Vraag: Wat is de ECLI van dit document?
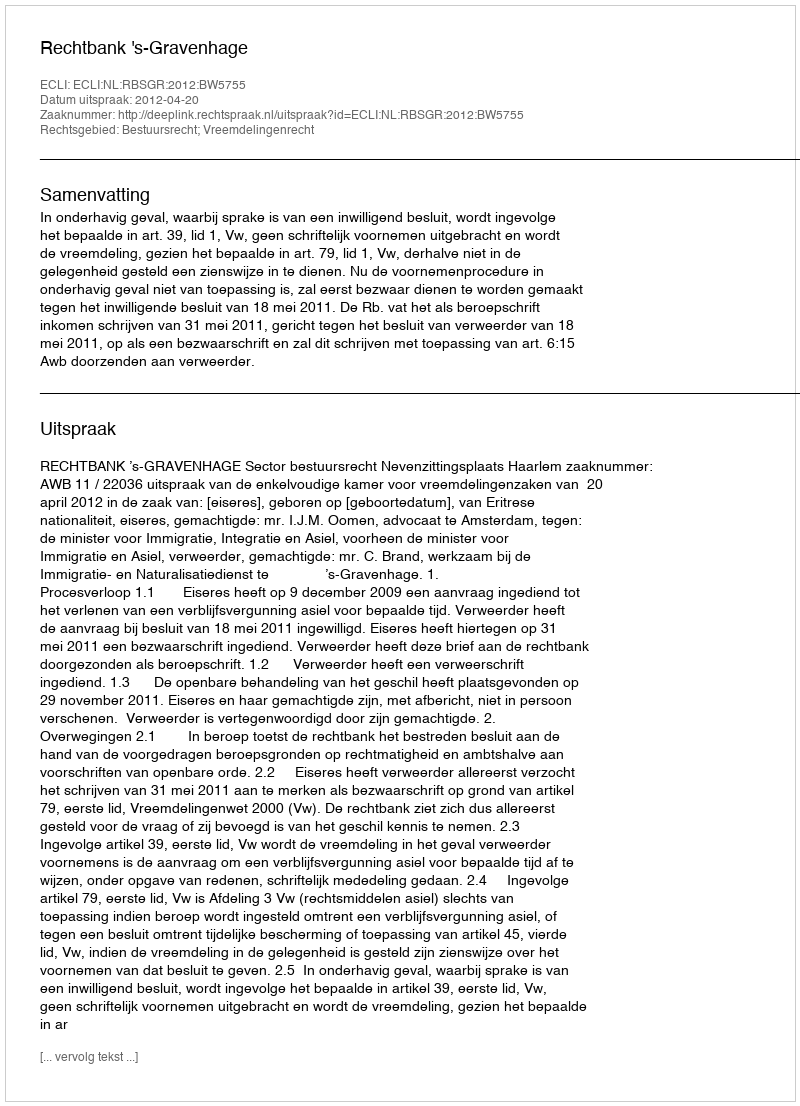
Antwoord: ECLI:NL:RBSGR:2012:BW5755